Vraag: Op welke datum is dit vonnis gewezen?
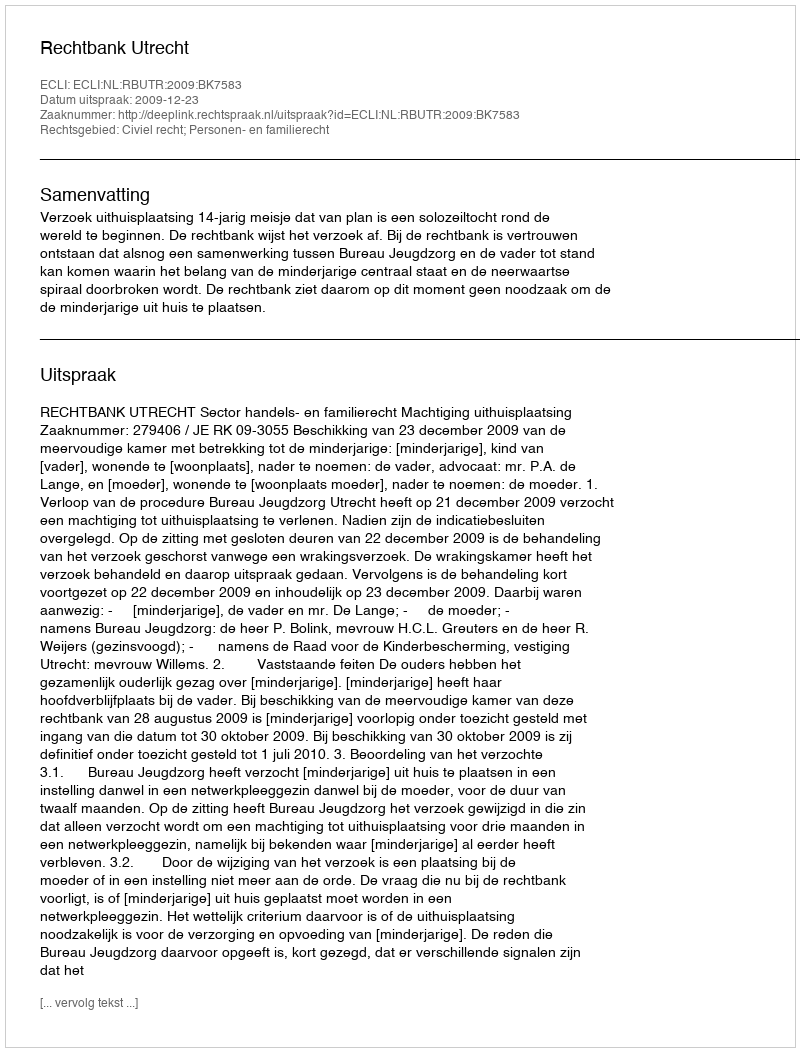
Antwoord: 2009-12-23